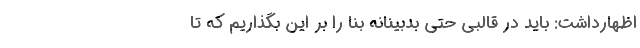
اظهارداشت: باید در قالبی حتی بدبینانه بنا را بر این بگذاریم که تا